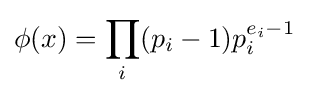
\phi (x)=\prod _{i}(p_{i}-1)p_{i}^{e_{i}-1}